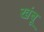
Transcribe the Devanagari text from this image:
खंबू